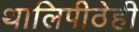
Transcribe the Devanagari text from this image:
थालिपीठेही